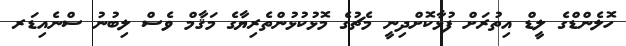
ހޮލެންޑްގެ ލީޑް އިތުރަށް ފުޅާކޮށްދިނީ މެޗުގެ މޮޅުކުޅުންތެރިޔާގެ މަޤާމް ވެސް ލިބުނު ސްނެއިޑަރ